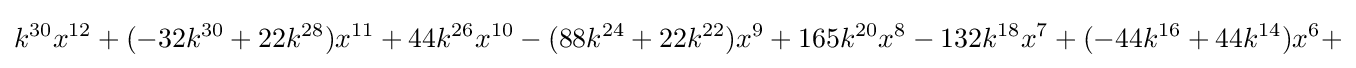
k^{30}x^{12}+(-32k^{30}+22k^{28})x^{11}+44k^{26}x^{10}-(88k^{24}+22k^{22})x^{9}+165k^{20}x^{8}-132k^{18}x^{7}+(-44k^{16}+44k^{14})x^{6}+